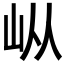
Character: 𰎌